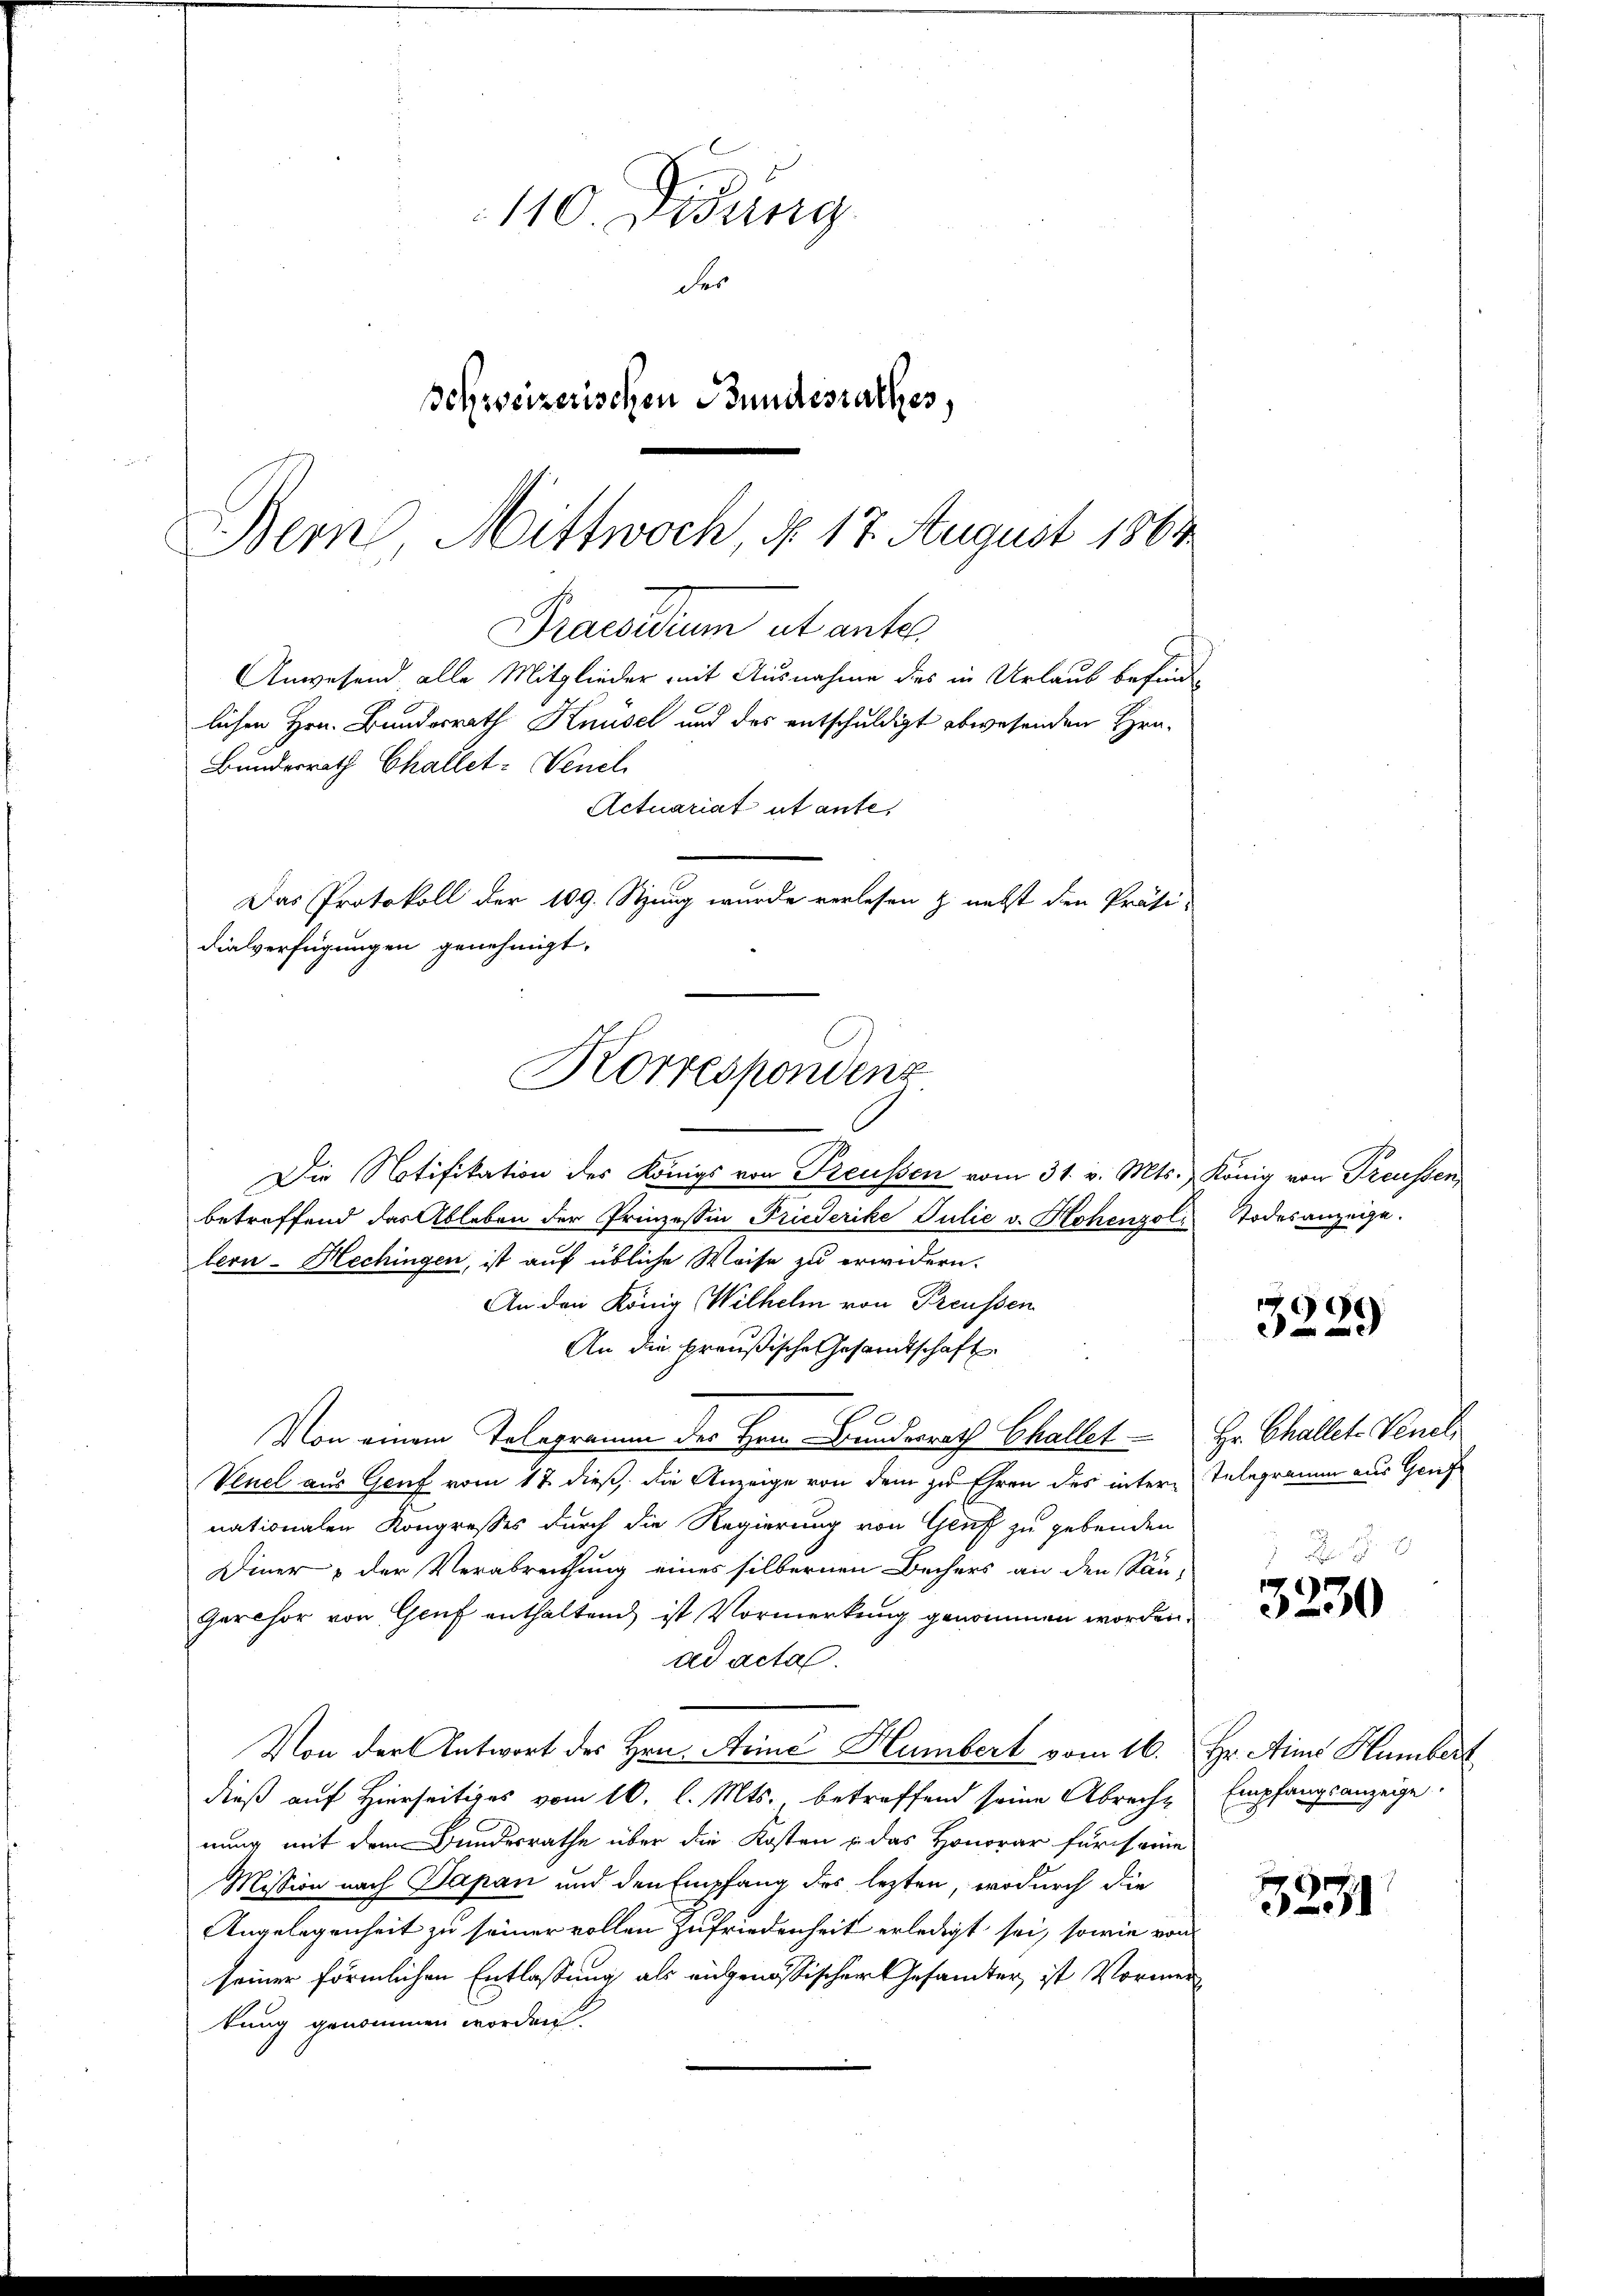
Bern, Mittwoch, No. 17 August 1864
Praesidium ut ante
Anwesend, alle Mitglieder mit Ausnahme des in Urlaub befindlichen Hrn. Bundesrath Knüsel und des entschuldigt abwesenden Hra-
Bundesrath Challet: Venel
Actuariat ut ante,

110. Didung
des
Schweizerischen Bundesrathes,

Die Notifikation des Königs von Preussen vom 31. v. Mts. König von Treussen
betreffend das Ableben der Prinzessin Friederike Julie v. Hohenzol
lern-Hechingen, ist auf übliche Weise zu erwidern.
An den König Wilhelm von Preußen
An die preußische Gesandtschaft
Von einem Telegramm des Hrn. Bundesrath Challet Hr. Challet. Venel
Venel aus Genf vom 17. dieß, die Anzeige von dem zu Ehren des intern Telegramm aus Gruf
nationalen Kongresses durch die Regierung von Genf zu gebenden
Diner & der Verabreichung eines silbernen Bechers an den Sän-
Gerchor von Genf enthaltend ist Vormerkung genommen worden.
ad acta.
Von der Antwort des Hrn. Arne Humbert vom 16. Hr. Ains Humbert
dieß auf Hierseitiges vom 10. l. Mts., betreffend seine Abreche Empfangsanzeige.
nung mit dem Bundesrathe über die Kosten u. das Honorar für seine
Mission nach Papan und den Empfang des lezten, wodurch die
Angelegenheit zu seiner vollen Zufriedenheit erledigt sei, sowie von
seiner förmlichen Entlassung als eidgenössischer Gesamter, ist Vormer
tung genommen worden.

Das Protokoll der 109. Stung wurde verlesen & nebst den Präsi-
dialverfügungen genehmigt.
Korrespondenz

Todesanzeige.

3229

19.
3230

3271